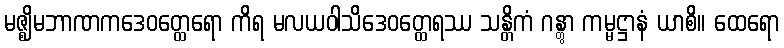
မဇ္ဈိမဘာဏကဒေဝတ္ထေရော ကိရ မလယဝါသိဒေဝတ္ထေရဿ သန္တိကံ ဂန္တွာ ကမ္မဋ္ဌာနံ ယာစိ။ ထေရော